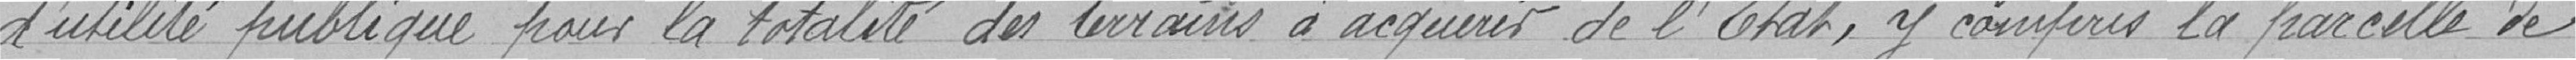
d'utilité publique pour la totalité des terrains à acquérir de l'Etat, y compris la parcelle de